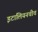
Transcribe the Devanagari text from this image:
इटालियनचीच